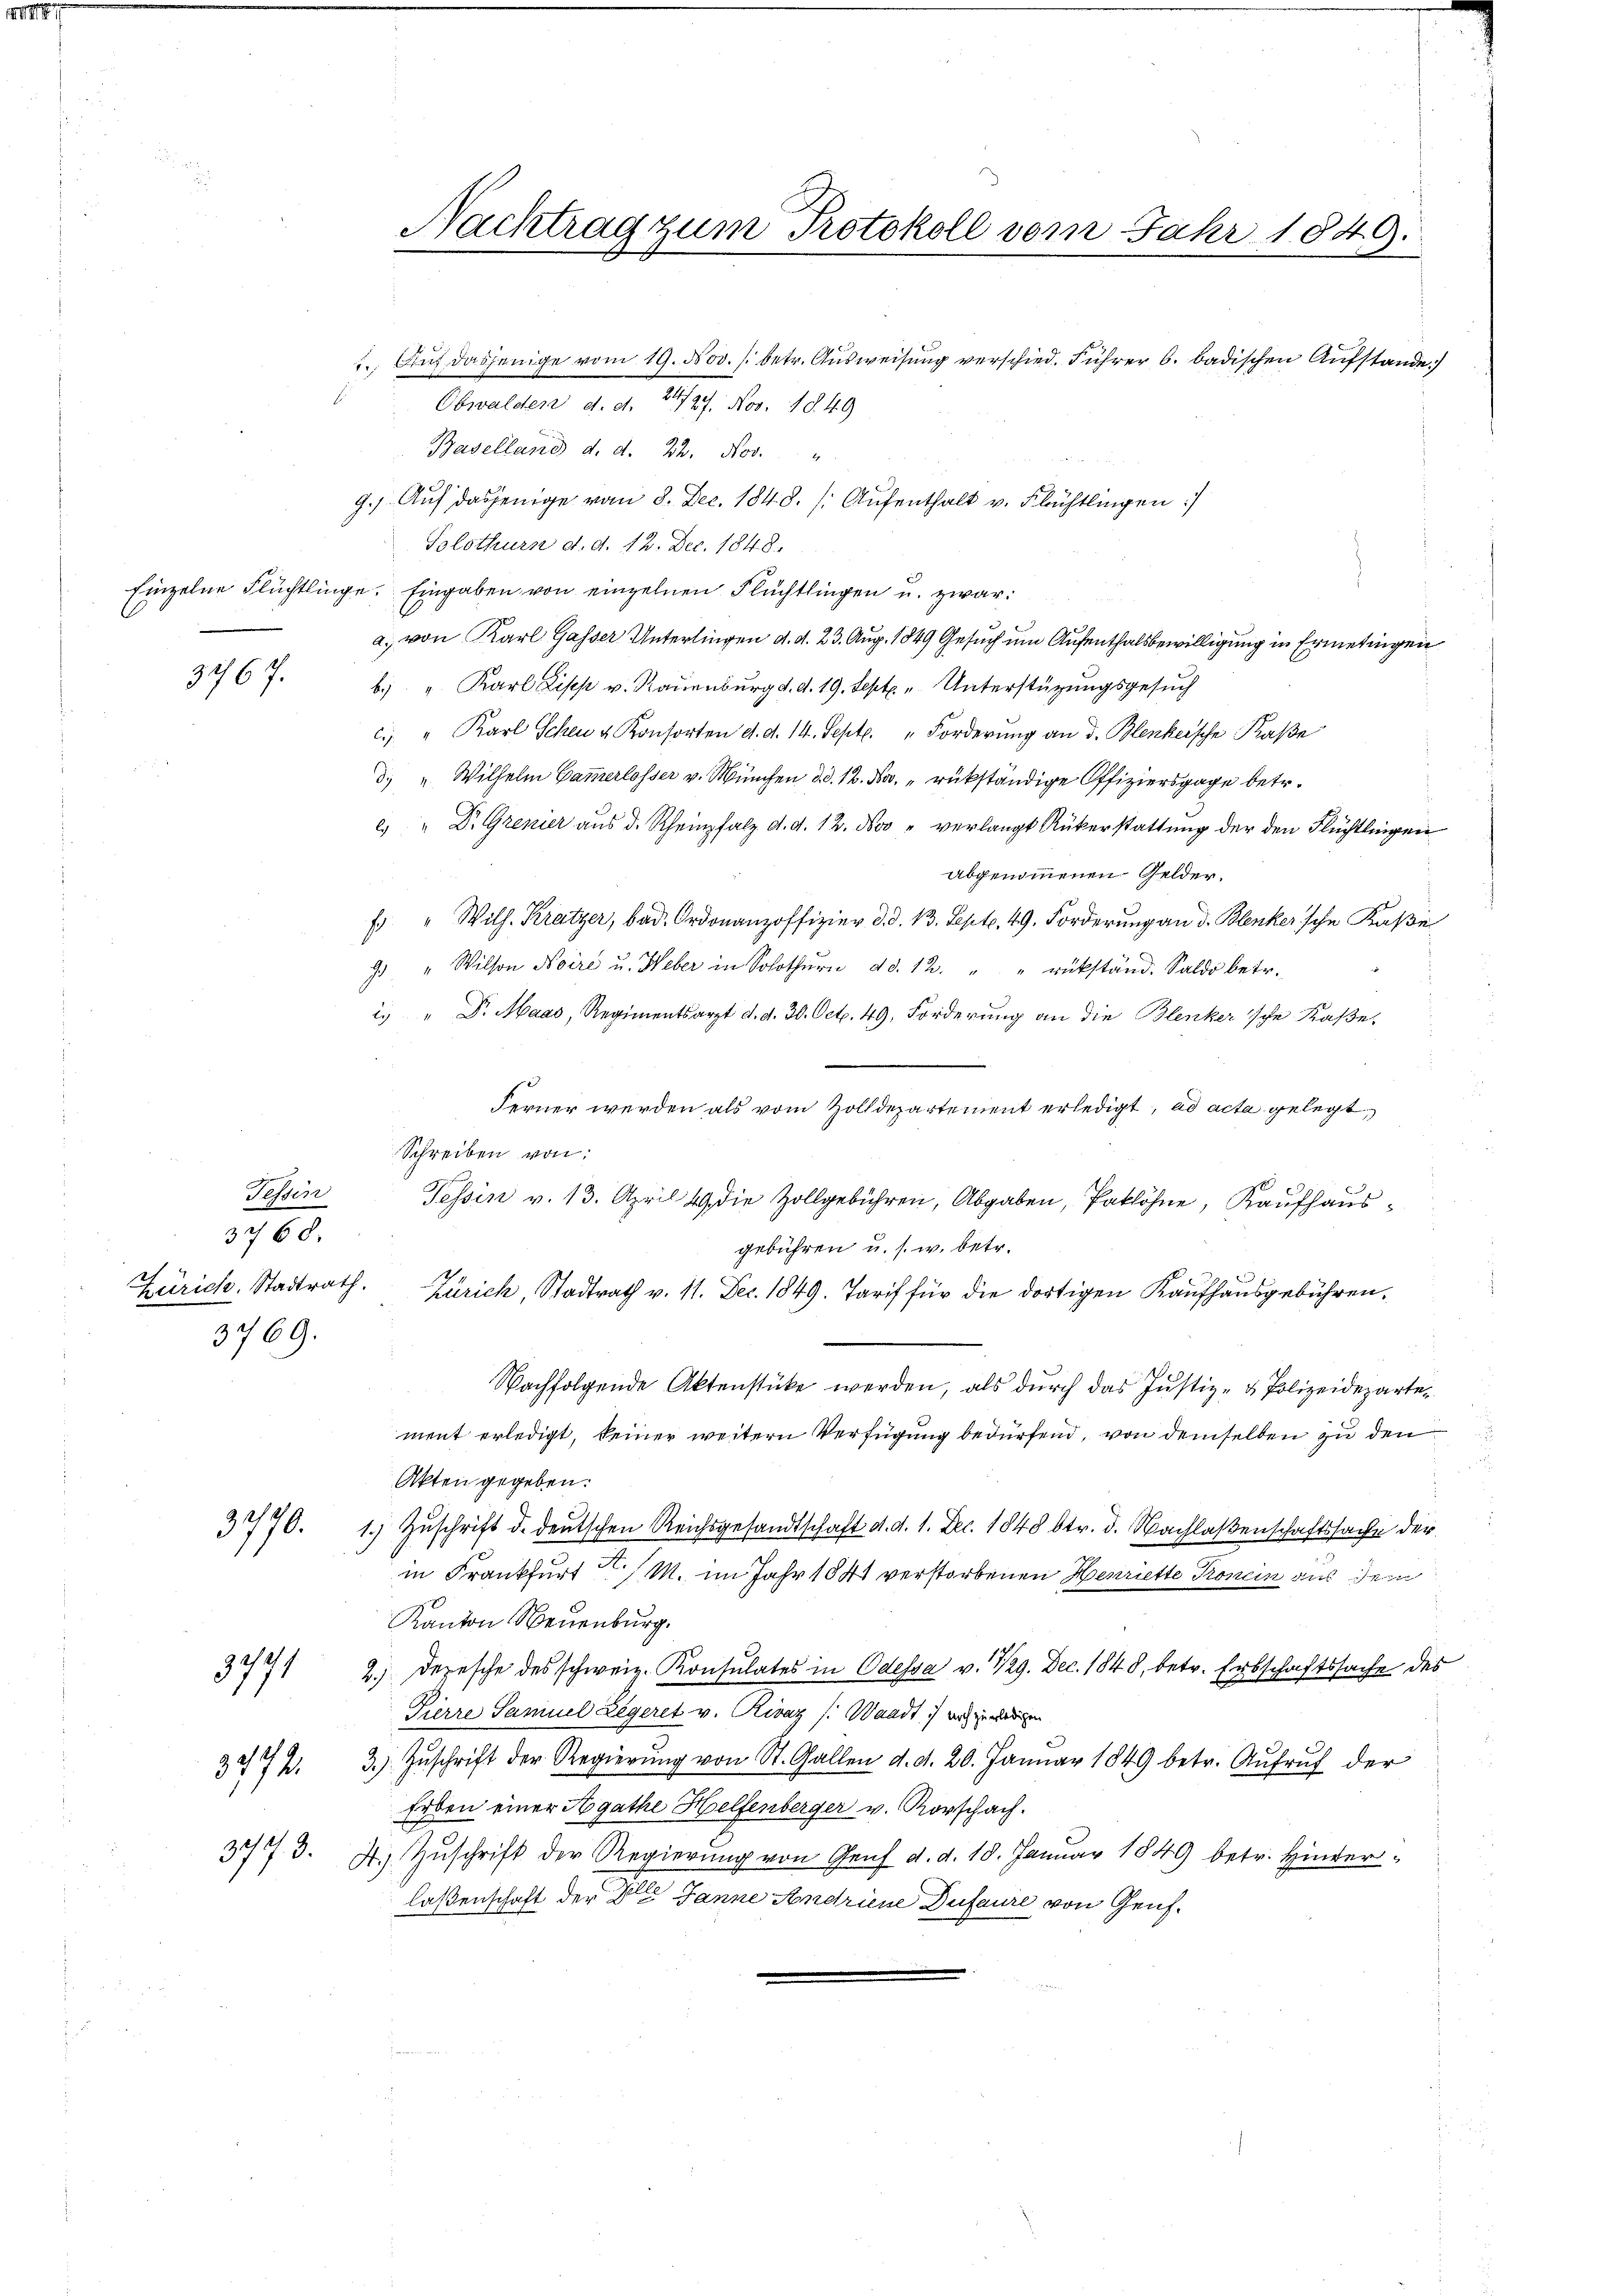
3767.

3769.

Tessin
3768.

3771
249.

3773.

Baselland d. d. 22. Nov. "
9.) Auf dasjenige vom 8. Dec. 1848. Aufenthalt v. Flüchtlingen :/
Solothurn d. d. 12. Dec. 1848.
Einzelne Flüchtlinge. Eingaben von einzelnen Flüchtlingen u. zwar:
a. von Karl Gasser Unterlingen d. d. 23. Aug. 1849 Gesuch um Aufenthalsbewilligung in Ermetingen
b.) " Karl Lisept v. Rauenburg d. d. 19. Sept. " Unterstüzungsgesuch
c. " Karl Schen u. Konsorten d. d. 14. Sept. " Forderŭng an d. Blenkersche Kase
d. "Wilhelm Gammerlosser v. München d. d. 12. Ja. " rükständige Offiziersgage betr.
 " Dr. Grenier aŭs d. Rheinpfalz d. d. 12. Nov " verlangt Rükerstattŭng der den Flüchtlingen
abgenommenen Gelder.
 "Wilh. Kratzer, bad. Ordonanzoffizier d. d. 13. Sept. 49. Forderung an d. Blenker'sche Kaße
9 " Willon Noire u. Weber in Solothŭrn d.d. 12. " " rükständ. Saldo betr.
. " Dr. Maas, Regimentsarzt d. d. 30. Oct. 49. Forderung an die Blenker'sche Kaße,
Ferner werden als vom Zolldepartement erledigt, ad acta gelegt,
Schreiben von
Tessin v. 13. April 19 die Zollgebühren, Abgaben, Paklöhne, Kaufhausgebühren u. s. w. betr.
.
Zürich. Stadtrath. Zürich, Stadtrath v. 11. Dec. 1849. Tarif für die dortigen Kaŭfhaŭsgebühren.
Nachfolgende Aktenstücke werden, als durch das Justiz- & Polizeidepartement erledigt, keiner weitern Verfügung bedürfend, von demselben zu den
2
Akten gegeben.
3770. 1. Zŭschrift d. deŭtschen Reichsgesandtschaft d. d. 1. Dec. 1848 btr. d. Nachlaßenschaftssache der
in Frankfurt/ M. im Jahr 1841 verstorbenen Henriette Tonein aus der
Kanton Neuenburg.
2.) Depesche des schweiz. Konsulates in Odessa v. 129. Dec. 1848, betr. Erbschaftssache des
Pierre Samuel Legeret v. Rivaz /: Waadt ich noch erweigen
372. 3. Zŭschrift der Regierŭng von St. Gallen d. d. 20. Janŭar 1849 betr. Aŭfrŭf der
Erben einer Agathe Helfenberger v. Rorschach.
4. Zŭschrift der Regierŭng von Genf d. d. 10. Januar 1849 betr. Hinder-
laßenschaft der Alle Janne Andrine Dufaure von Genf¬

1. Auf dasjenige vom 19. Nov. /: betr. Ausweisung verschied. Führer 6. badischen Aufstande
Obwalden d. d. 2472. Nov. 1849

Nachtrag zum Protokoll vom Jahr 1849.
Be